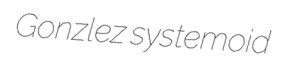
Gonzlez systemoid